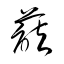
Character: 藷